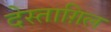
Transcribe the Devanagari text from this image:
देस्ताग़िल